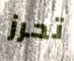
تحرز